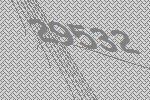
29532